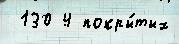
 130 4 покры́тых